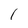
Character: 1